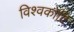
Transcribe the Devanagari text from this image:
विश्वकोटि